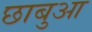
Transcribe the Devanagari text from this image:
छाबुआ